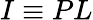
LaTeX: I\equiv PL